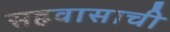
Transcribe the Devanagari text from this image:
सहवासाची